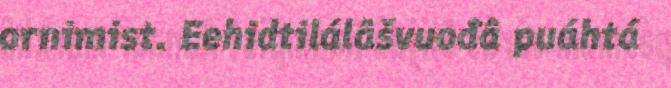
ornimist. Eehidtilálâšvuođâ puáhtá